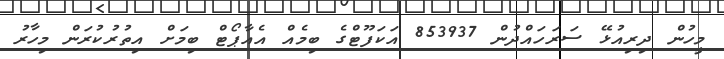
މީހުން ދިރިއުޅޭ ސަރަހައްދުން 853937 އަކަފޫޓްގެ ބިމެއް އެއާޕޯޓް ބިމަށް އިތުރުކުރަން މިހާރު